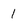
Character: 1